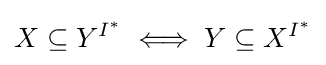
X\subseteq Y^{I^{\ast }}\iff Y\subseteq X^{I^{\ast }}